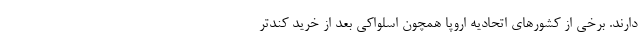
دارند. برخی از کشورهای اتحادیه اروپا همچون اسلواکی بعد از خرید کندتر